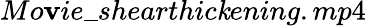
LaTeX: Mo\mathbf{v}ie\_ shearthic\mathit{k}ening.mp4